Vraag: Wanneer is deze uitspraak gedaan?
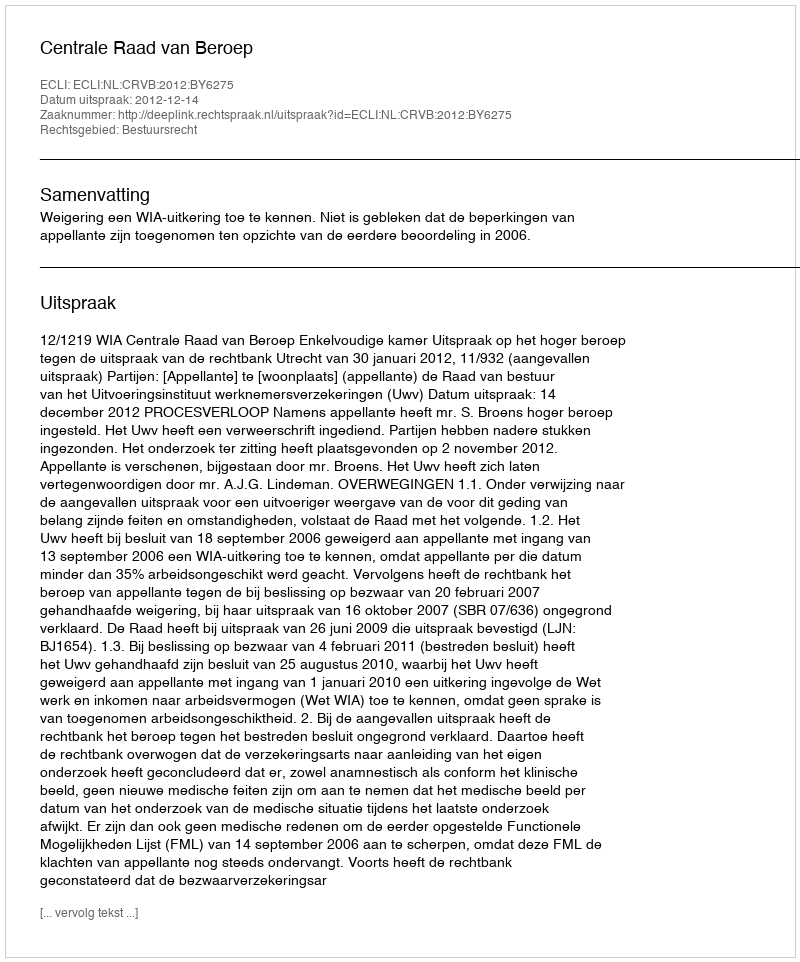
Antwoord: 2012-12-14